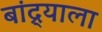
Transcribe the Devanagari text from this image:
बांद्र्याला